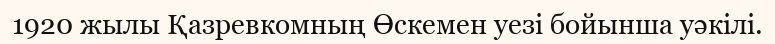
1920 жылы Қазревкомның Өскемен уезі бойынша уәкілі.